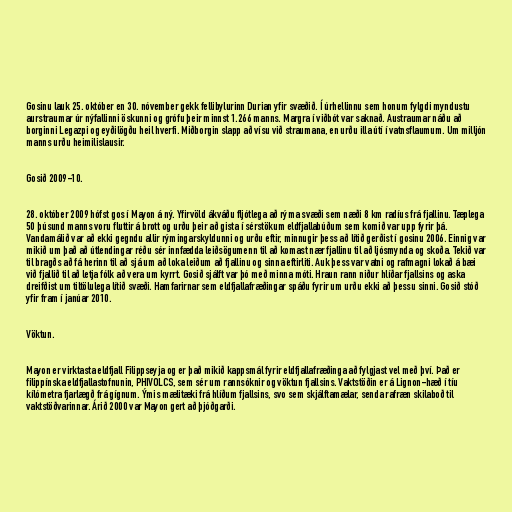
Gosinu lauk 25. október en 30. nóvember gekk fellibylurinn Durian yfir svæðið. Í úrhellinnu sem honum fylgdi myndustu
aurstraumar úr nýfallinni öskunni og grófu þeir minnst 1.266 manns. Margra í viðbót var saknað. Austraumar náðu að
borginni Legazpi og eyðilögðu heil hverfi. Miðborgin slapp að vísu við straumana, en urðu illa útí í vatnsflaumum. Um milljón
manns urðu heimilislausir.

Gosið 2009-10.

28. október 2009 hófst gos í Mayon á ný. Yfirvöld ákváðu fljótlega að rýma svæði sem næði 8 km radíus frá fjallinu. Tæplega
50 þúsund manns voru fluttir á brott og urðu þeir að gista í sérstökum eldfjallabúðum sem komið var upp fyrir þá.
Vandamálið var að ekki gegndu allir rýmingarskyldunni og urðu eftir, minnugir þess að lítið gerðist í gosinu 2006. Einnig var
mikið um það að útlendingar réðu sér innfædda leiðsögumenn til að komast nær fjallinu til að ljósmynda og skoða. Tekið var
til bragðs að fá herinn til að sjá um að loka leiðum að fjallinu og sinna eftirliti. Auk þess var vatni og rafmagni lokað á bæi
við fjallið til að letja fólk að vera um kyrrt. Gosið sjálft var þó með minna móti. Hraun rann niður hlíðar fjallsins og aska
dreifðist um tiltölulega lítið svæði. Hamfarirnar sem eldfjallafræðingar spáðu fyrir um urðu ekki að þessu sinni. Gosið stóð
yfir fram í janúar 2010.

Vöktun.

Mayon er virktasta eldfjall Filippseyja og er það mikið kappsmál fyrir eldfjallafræðinga að fylgjast vel með því. Það er
filippínska eldfjallastofnunin, PHIVOLCS, sem sér um rannsóknir og vöktun fjallsins. Vaktstöðin er á Lignon-hæð í tíu
kílómetra fjarlægð frá gígnum. Ýmis mælitæki frá hlíðum fjallsins, svo sem skjálftamælar, senda rafræn skilaboð til
vaktstöðvarinnar. Árið 2000 var Mayon gert að þjóðgarði.